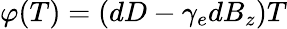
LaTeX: \varphi(T)=(dD-\gamma_{e}dB_{z})T